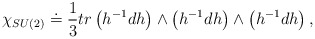
\begin{align*}\chi _{SU(2)}\doteq \frac{1}{3}tr\left( h^{-1}dh\right) \wedge \left(h^{-1}dh\right) \wedge \left( h^{-1}dh\right), \end{align*}